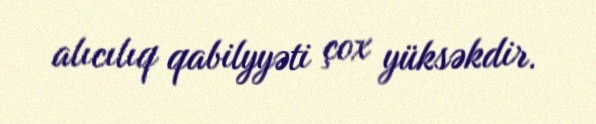
alıcılıq qabilyyəti çox yüksəkdir.